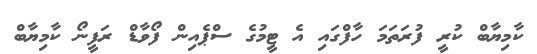
ކާމިޔާބް ކުރީ ފުރަތަމަ ހާފްގައި އެ ޓީމުގެ ސްޕެއިން ފޯވާޑް ރަފީނޯ ކާމިޔާބް